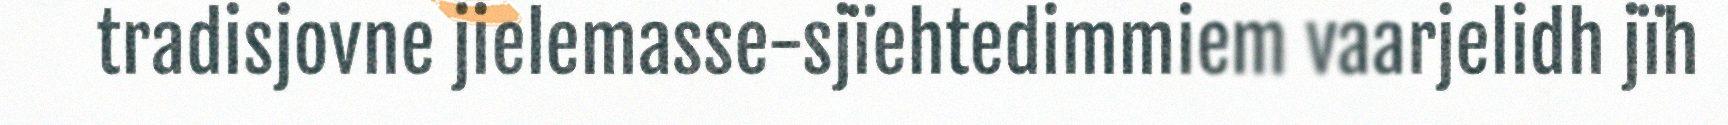
tradisjovne jielemasse-sjïehtedimmiem vaarjelidh jïh